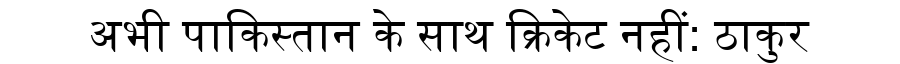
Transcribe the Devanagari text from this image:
अभी पाकिस्तान के साथ क्रिकेट नहीं: ठाकुर